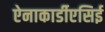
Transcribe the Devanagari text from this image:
ऐनाकार्डीएसिई